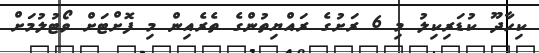
ކިހާދޫ ކުޑަރިކިލު މި 6 ރަށުގެ ރައްޔިތުންގެ ތެރެއިން މި ފޮށްޓަށް ވޯޓުލުމަށް